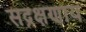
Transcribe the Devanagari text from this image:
सद्रक्षणाय